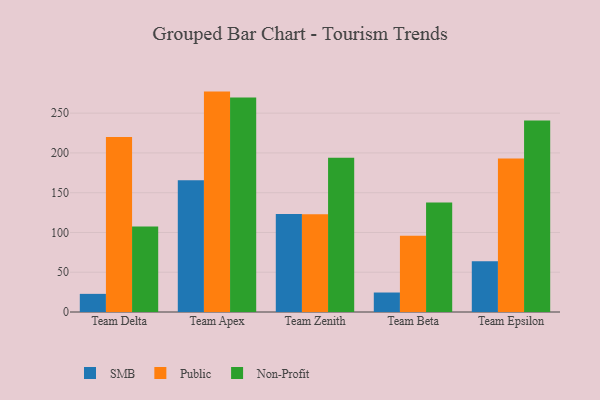
{"axis": {"x": "Team", "y": "Population (Million)"}, "legend": ["Non-Profit", "Public", "SMB"], "data": [{"x": "Team Delta", "y": 22.8, "type": "SMB"}, {"x": "Team Delta", "y": 220.0, "type": "Public"}, {"x": "Team Delta", "y": 107.5, "type": "Non-Profit"}, {"x": "Team Apex", "y": 165.8, "type": "SMB"}, {"x": "Team Apex", "y": 277.1, "type": "Public"}, {"x": "Team Apex", "y": 269.7, "type": "Non-Profit"}, {"x": "Team Zenith", "y": 123.1, "type": "SMB"}, {"x": "Team Zenith", "y": 122.9, "type": "Public"}, {"x": "Team Zenith", "y": 193.8, "type": "Non-Profit"}, {"x": "Team Beta", "y": 24.5, "type": "SMB"}, {"x": "Team Beta", "y": 95.9, "type": "Public"}, {"x": "Team Beta", "y": 137.7, "type": "Non-Profit"}, {"x": "Team Epsilon", "y": 63.8, "type": "SMB"}, {"x": "Team Epsilon", "y": 193.1, "type": "Public"}, {"x": "Team Epsilon", "y": 240.9, "type": "Non-Profit"}]}